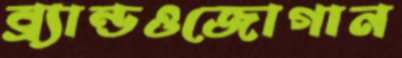
ব্র্যান্ডওজোগান